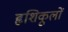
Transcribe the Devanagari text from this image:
हृशिकूलों